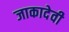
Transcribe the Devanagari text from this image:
जाकादेवी